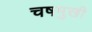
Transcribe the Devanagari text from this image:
चषमुखी